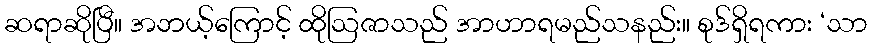
ဆရာဆိုပြီ။ အဘယ့်ကြောင့် ထိုဩဇာသည် အာဟာရမည်သနည်း။ စုဒ်ရှိရကား ‘သာ